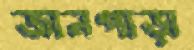
জানপাড়া